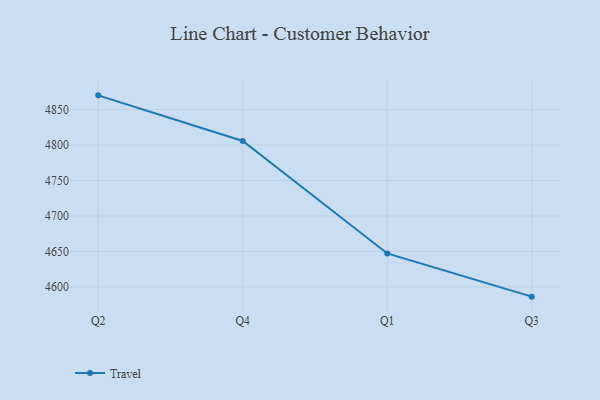
{"axis": {"x": "Quarter", "y": "Budget (USD K)"}, "legend": ["Travel"], "data": [{"x": "Q2", "y": 4870.0, "type": "Travel"}, {"x": "Q4", "y": 4805.7, "type": "Travel"}, {"x": "Q1", "y": 4647.2, "type": "Travel"}, {"x": "Q3", "y": 4586.3, "type": "Travel"}]}